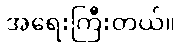
အရေးကြီးတယ်။